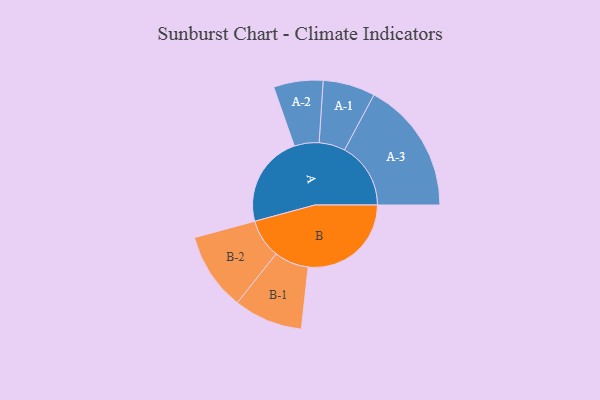
{"axis": {"x": "Segment", "y": "Value"}, "legend": ["", "A", "B"], "data": [{"x": "A", "y": 394, "type": ""}, {"x": "B", "y": 442, "type": ""}, {"x": "A-1", "y": 112, "type": "A"}, {"x": "A-2", "y": 106, "type": "A"}, {"x": "A-3", "y": 284, "type": "A"}, {"x": "B-1", "y": 148, "type": "B"}, {"x": "B-2", "y": 167, "type": "B"}]}